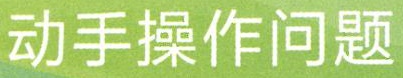
动手操作问题